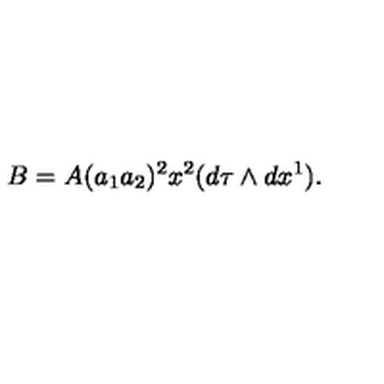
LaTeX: B = A ( a _ { 1 } a _ { 2 } ) ^ { 2 } x ^ { 2 } ( d \tau \wedge d x ^ { 1 } ) .